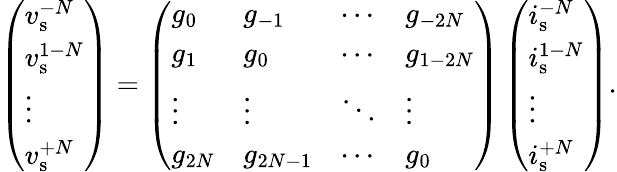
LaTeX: \left(\begin{array}{l}{v_{\mathrm{s}}^{-N}}\\ {v_{\mathrm{s}}^{1-N}}\\ {\vdots}\\ {v_{\mathrm{s}}^{+N}}\end{array}\right)=\left(\begin{array}{llll}{g_{0}}&{g_{-1}}&{\cdots}&{g_{-2N}}\\ {g_{1}}&{g_{0}}&{\cdots}&{g_{1-2N}}\\ {\vdots}&{\vdots}&{\ddots}&{\vdots}\\ {g_{2N}}&{g_{2N-1}}&{\cdots}&{g_{0}}\end{array}\right)\left(\begin{array}{l}{i_{\mathrm{s}}^{-N}}\\ {i_{\mathrm{s}}^{1-N}}\\ {\vdots}\\ {i_{\mathrm{s}}^{+N}}\end{array}\right).